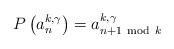
LaTeX: \begin{align*}P\left(a^{k,\gamma}_n\right)=a^{k,\gamma}_{n+1~{\rm mod}~k}\end{align*}